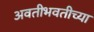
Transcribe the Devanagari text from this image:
अवतीभवतीच्या